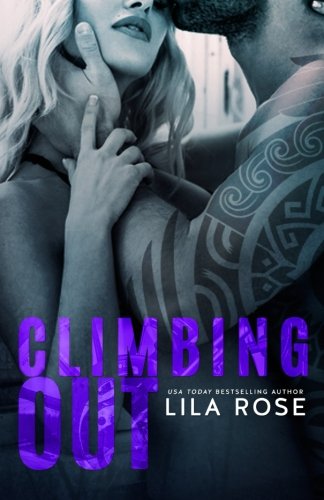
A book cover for Climbing Out (Hawks Motorcycle Club) (Volume 2); Lila Rose; Romance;